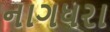
નાગધરા